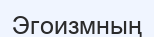
Эгоизмның